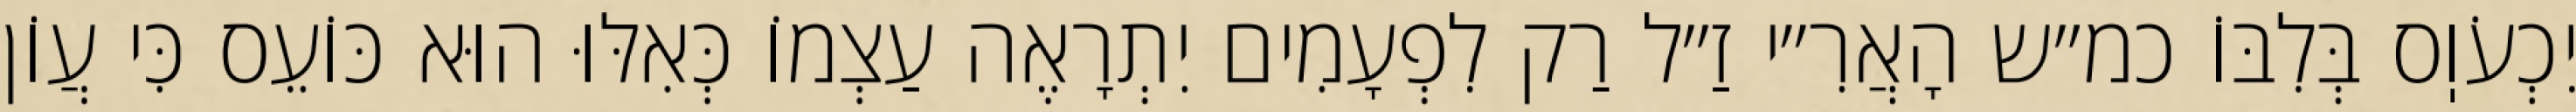
יִכְעֹוֽס בְּלִבּוֹ כמ״ש הָאֲרִ״י זַ״ל רַק לִפְעָמִים יִתְרָאֶה עַצְמוֹ כְּאִלּוּ הוּא כּוֹעֵס כִּי עֲוֹן